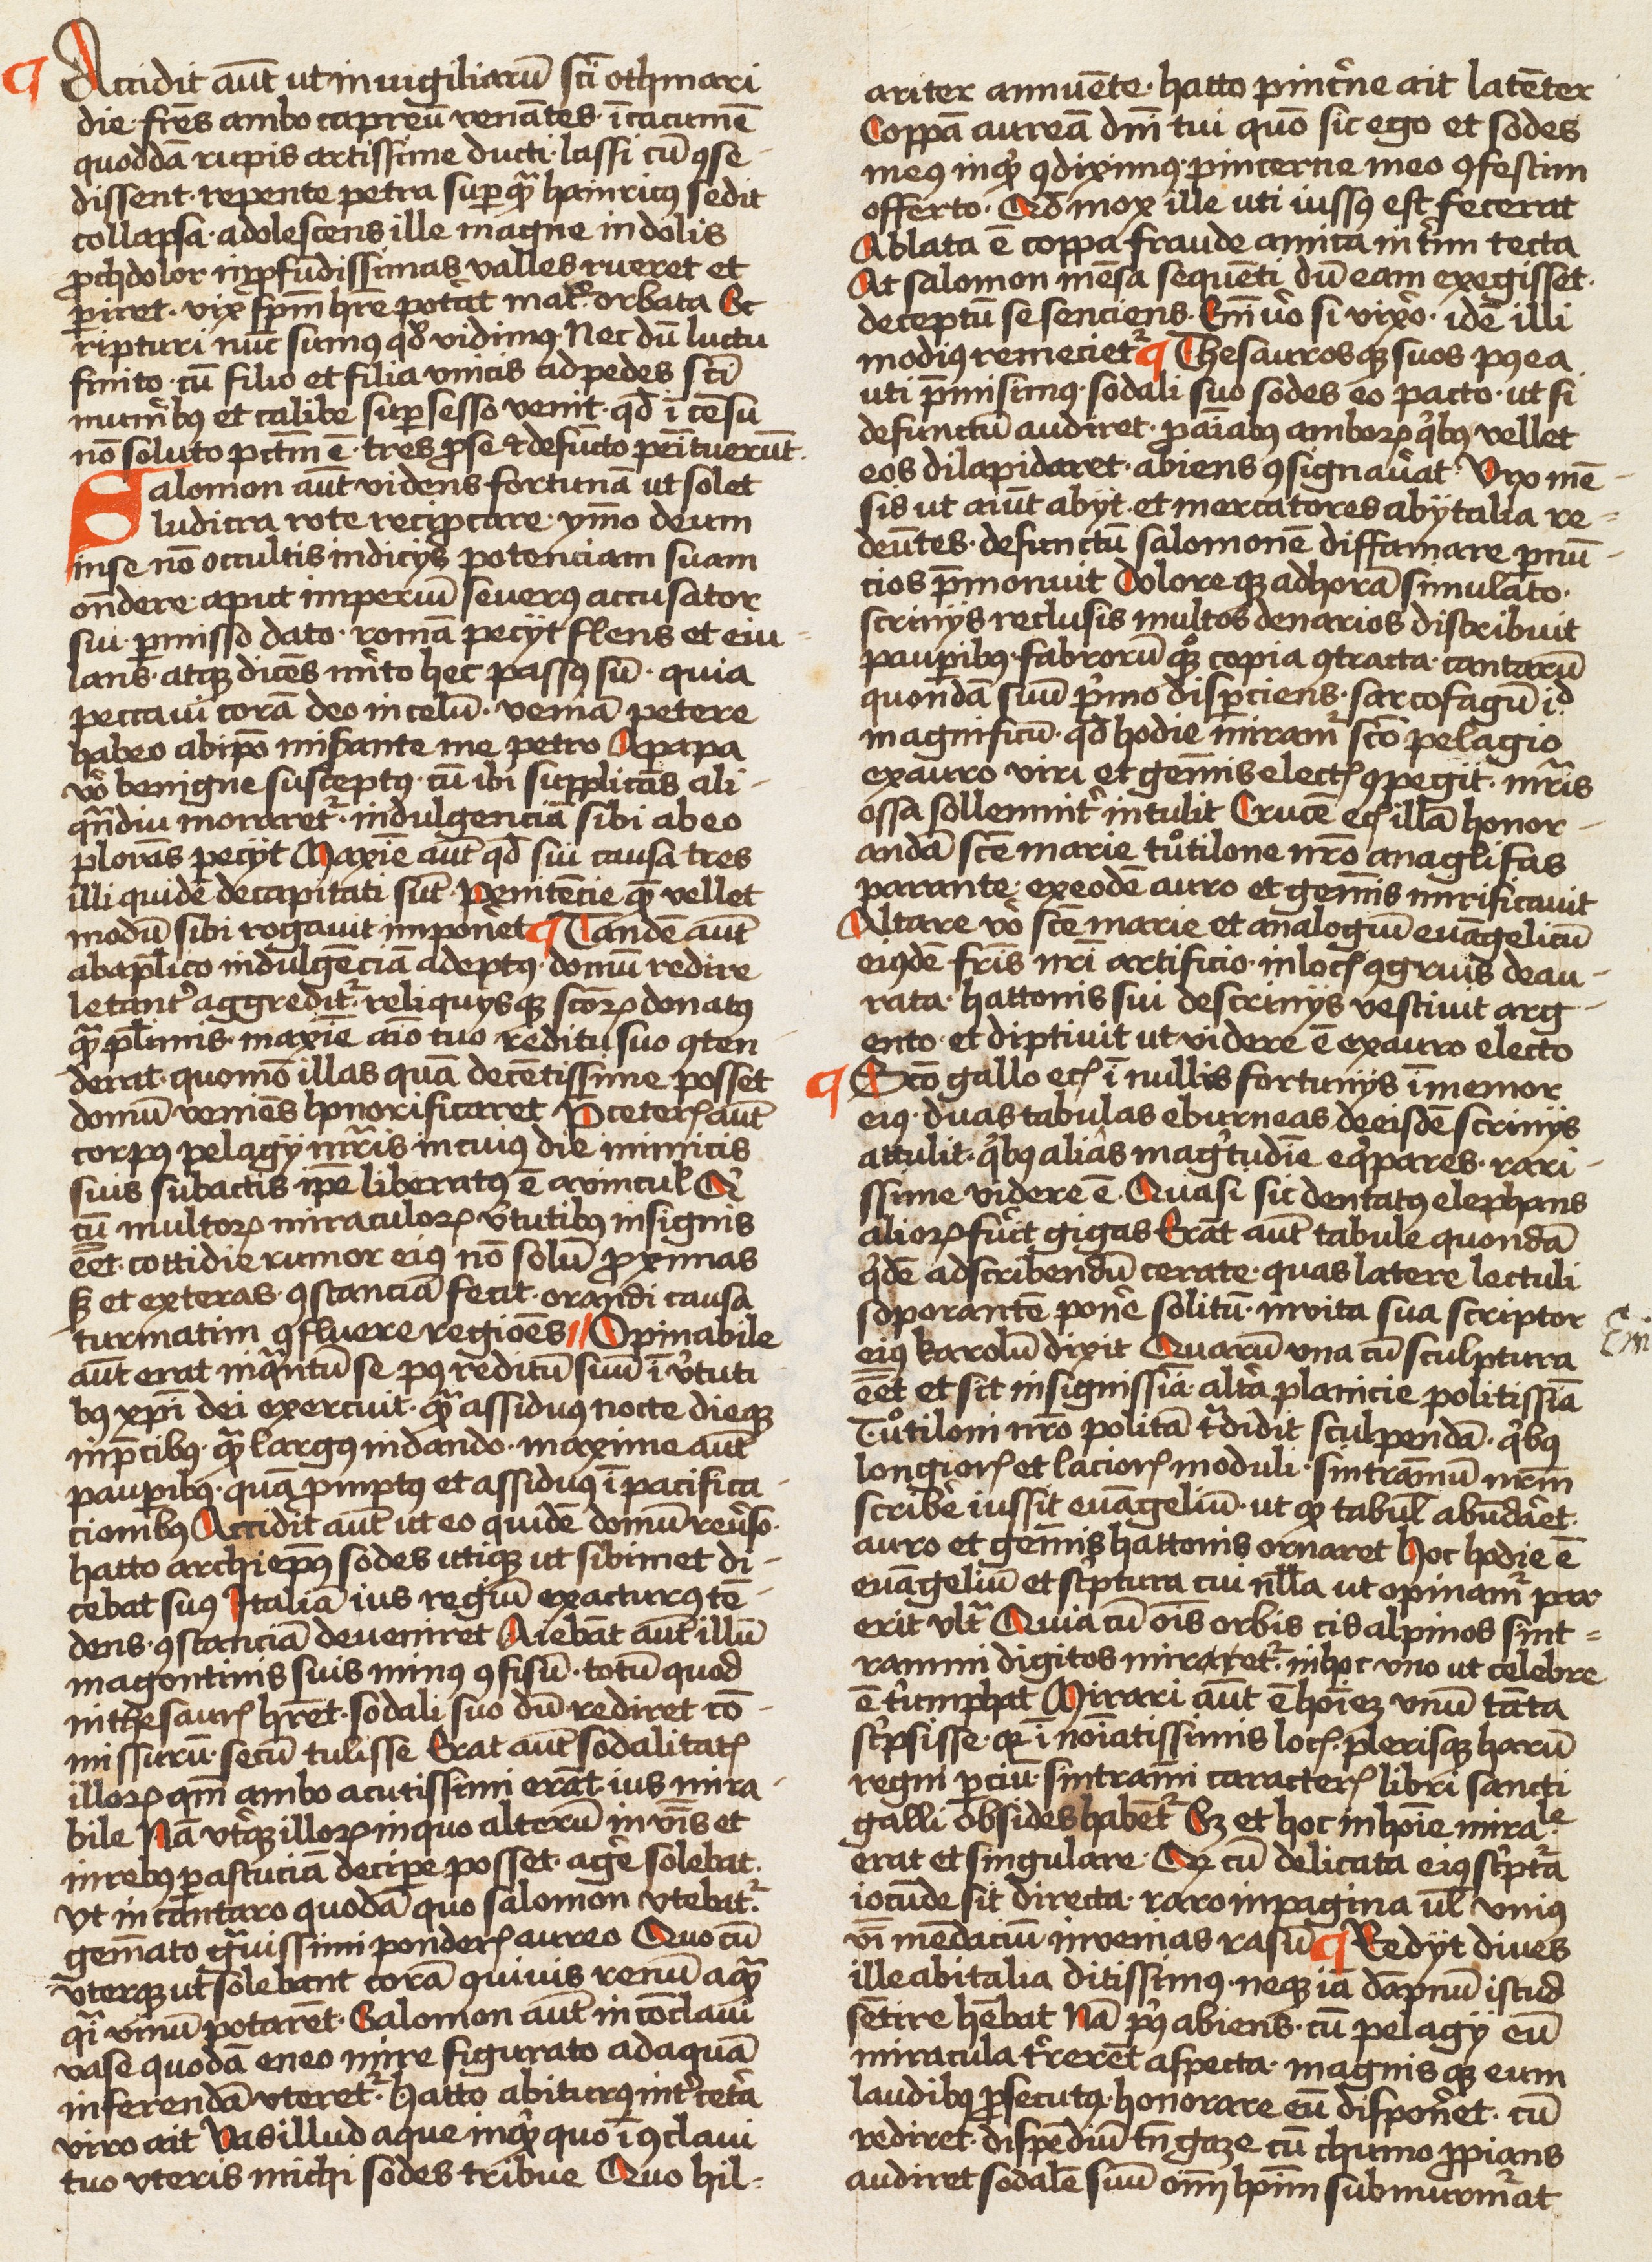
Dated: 1450–1499